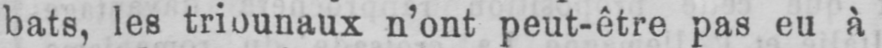
n’ont peut-être pas eu à